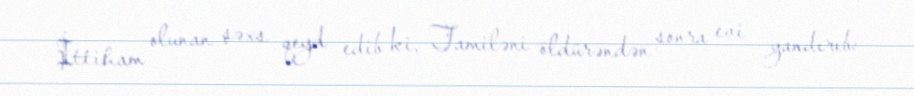
İttiham olunan şəxs qeyd edib ki, Tamiləni öldürəndən sonra evi yandırıb: